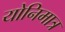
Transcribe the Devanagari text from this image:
योनिमात्र